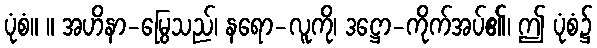
ပုံစံ။ ။ အဟိနာ-မြွေသည်၊ နရော-လူကို၊ ဒဋ္ဌော-ကိုက်အပ်၏၊ ဤ ပုံစံ၌